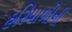
હરિયાળીની